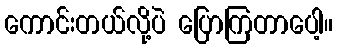
ကောင်းတယ်လို့ပဲ ပြောကြတာပေါ့။